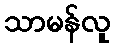
သာမန်လူ